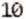
10